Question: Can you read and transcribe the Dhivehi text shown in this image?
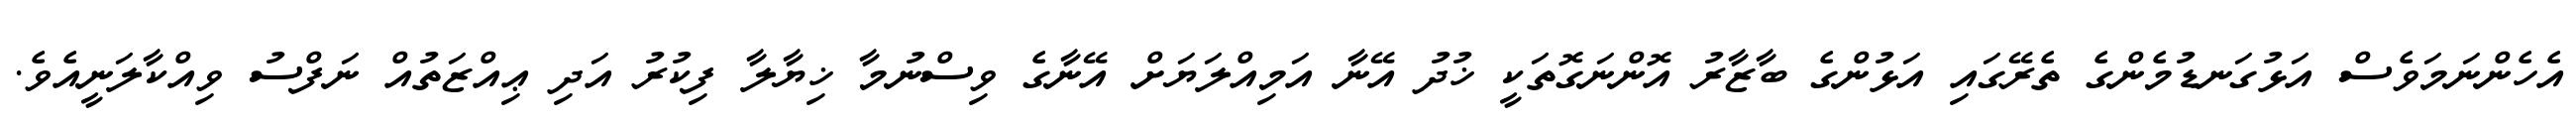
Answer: އެހެންނަމަވެސް އަޅުގަނޑުމެންގެ ތެރޭގައި އަޅުންގެ ބާޒާރު އޮންނަގޮތަކީ ޚުދު އޭނާ އަމިއްލަޔަށް އޭނާގެ ވިސްނުމާ ޚިޔާލާ ފިކުރު އަދި ޢިއްޒަތުއް ނަފްސު ވިއްކާލަނީއެވެ.